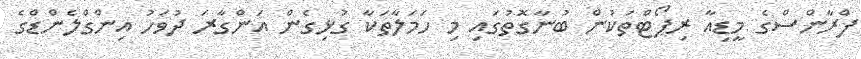
ފްރާންސްގެ މީޑިއާ ރިޕޯޓްތަކުން ބުނާގޮތުގައި މި ހަމަލާތަކާ ގުޅިގެން އަންގާރަ ދުވަހު އިންގްލެންޑްގެ